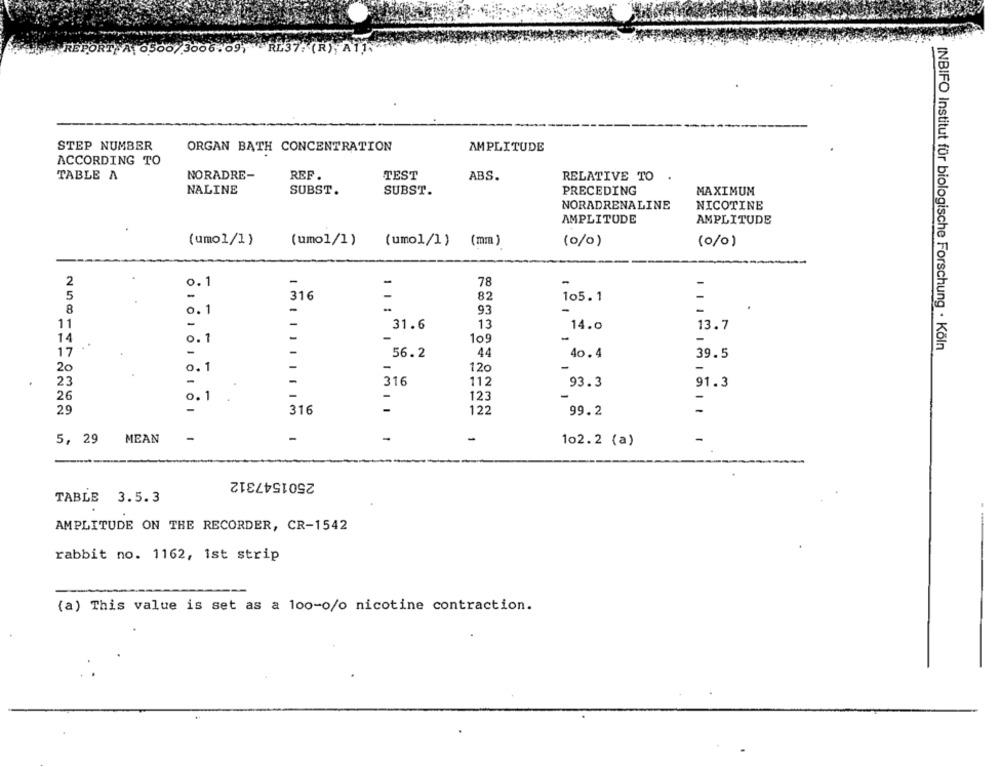
RT) A. 0500/3006.091 RL37: (R),
STEP NUMBER
ORGAN BATH CONCENTRATION
AMPLITUDE
ACCORDING TO
TABLE A
NORADRE-
REF.
TEST
ABS.
RELATIVE TO
.
NALINE
SUBST.
SUBST.
PRECEDING
MAXIMUM
NORADRENALINE
NICOTINE
AMPLITUDE
AMPLITUDE
(umo1/1)
(umo1/1)
(umol/1)
(mm )
(0/0)
(0/0)
2
0.1
-
78
5
-
316
82
105.1
8
0.1
-
93
11
-
31.6
13
14.0
13.7
-
14
0.1
109
-
-
56.2
44
39.5
INBIFO Institut für biologische Forschung · Köln
17
-
40. 4
20
120
-
0.1
-
23
-
316
112
93.3
91.3
-
26
0 .1
123
-
29
-
316
122
99.2
-
-
-
-
5, 29
MEAN
102.2 (a)
2501547312
TABLE 3.5.3
AMPLITUDE ON THE RECORDER, CR-1542
rabbit no. 1162, 1st strip
(a) This value is set as a 100-o/o nicotine contraction.